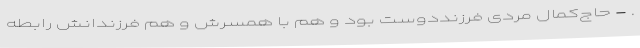
. - حاج‌کمال مردی فرزند‌دوست بود و هم با همسرش و هم فرزندانش رابطه